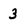
Character: 3